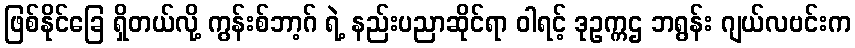
ဖြစ်နိုင်ခြေ ရှိတယ်လို့ ကွန်းစ်ဘာ့ဂ် ရဲ့ နည်းပညာဆိုင်ရာ ဝါရင့် ဒုဥက္ကဌ ဘရွန်း ဂျယ်လဗင်းက